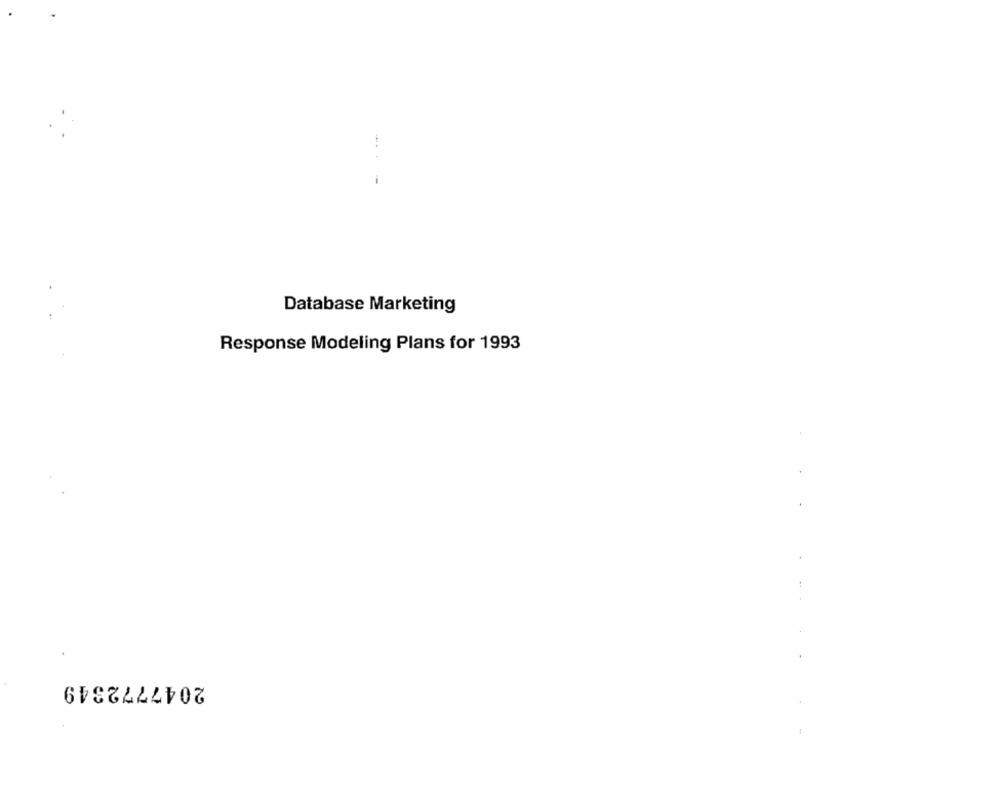
Database Marketing
Response Modeling Plans for 1993
2047772349